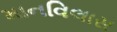
માનવિલાસ